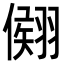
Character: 𦑤